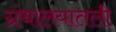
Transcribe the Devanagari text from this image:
ग्रंथालयातली